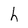
Character: h